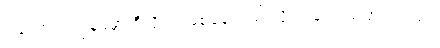
ဒါတောင် ကျွန်မမှာ ဒီလိုလာဖြစ်နေတယ် လို့ ရာ့ချ်က ပြောပါတယ်။